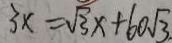
3 x = \sqrt { 3 } x + 6 0 \sqrt { 3 }